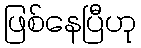
ဖြစ်နေပြီဟု